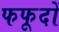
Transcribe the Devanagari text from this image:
फफूदों